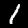
Label: 1